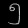
Digit: ၅